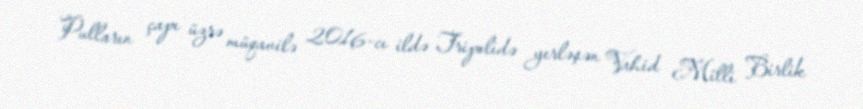
Pulların çapı üzrə müqavilə 2016-cı ildə Tripolidə yerləşən Vahid Milli Birlik